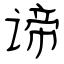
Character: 谛